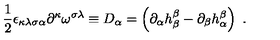
\frac { 1 } { 2 } \epsilon _ { \kappa \lambda \sigma \alpha } \partial ^ { \kappa } \omega ^ { \sigma \lambda } \equiv D _ { \alpha } = \left( \partial _ { \alpha } h _ { \beta } ^ { \beta } - \partial _ { \beta } h _ { \alpha } ^ { \beta } \right) \ .